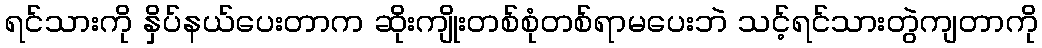
ရင်သားကို နှိပ်နယ်ပေးတာက ဆိုးကျိုးတစ်စုံတစ်ရာမပေးဘဲ သင့်ရင်သားတွဲကျတာကို